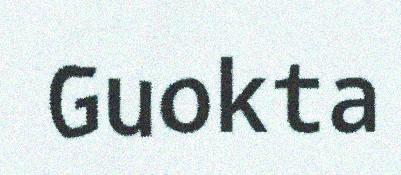
Guokta